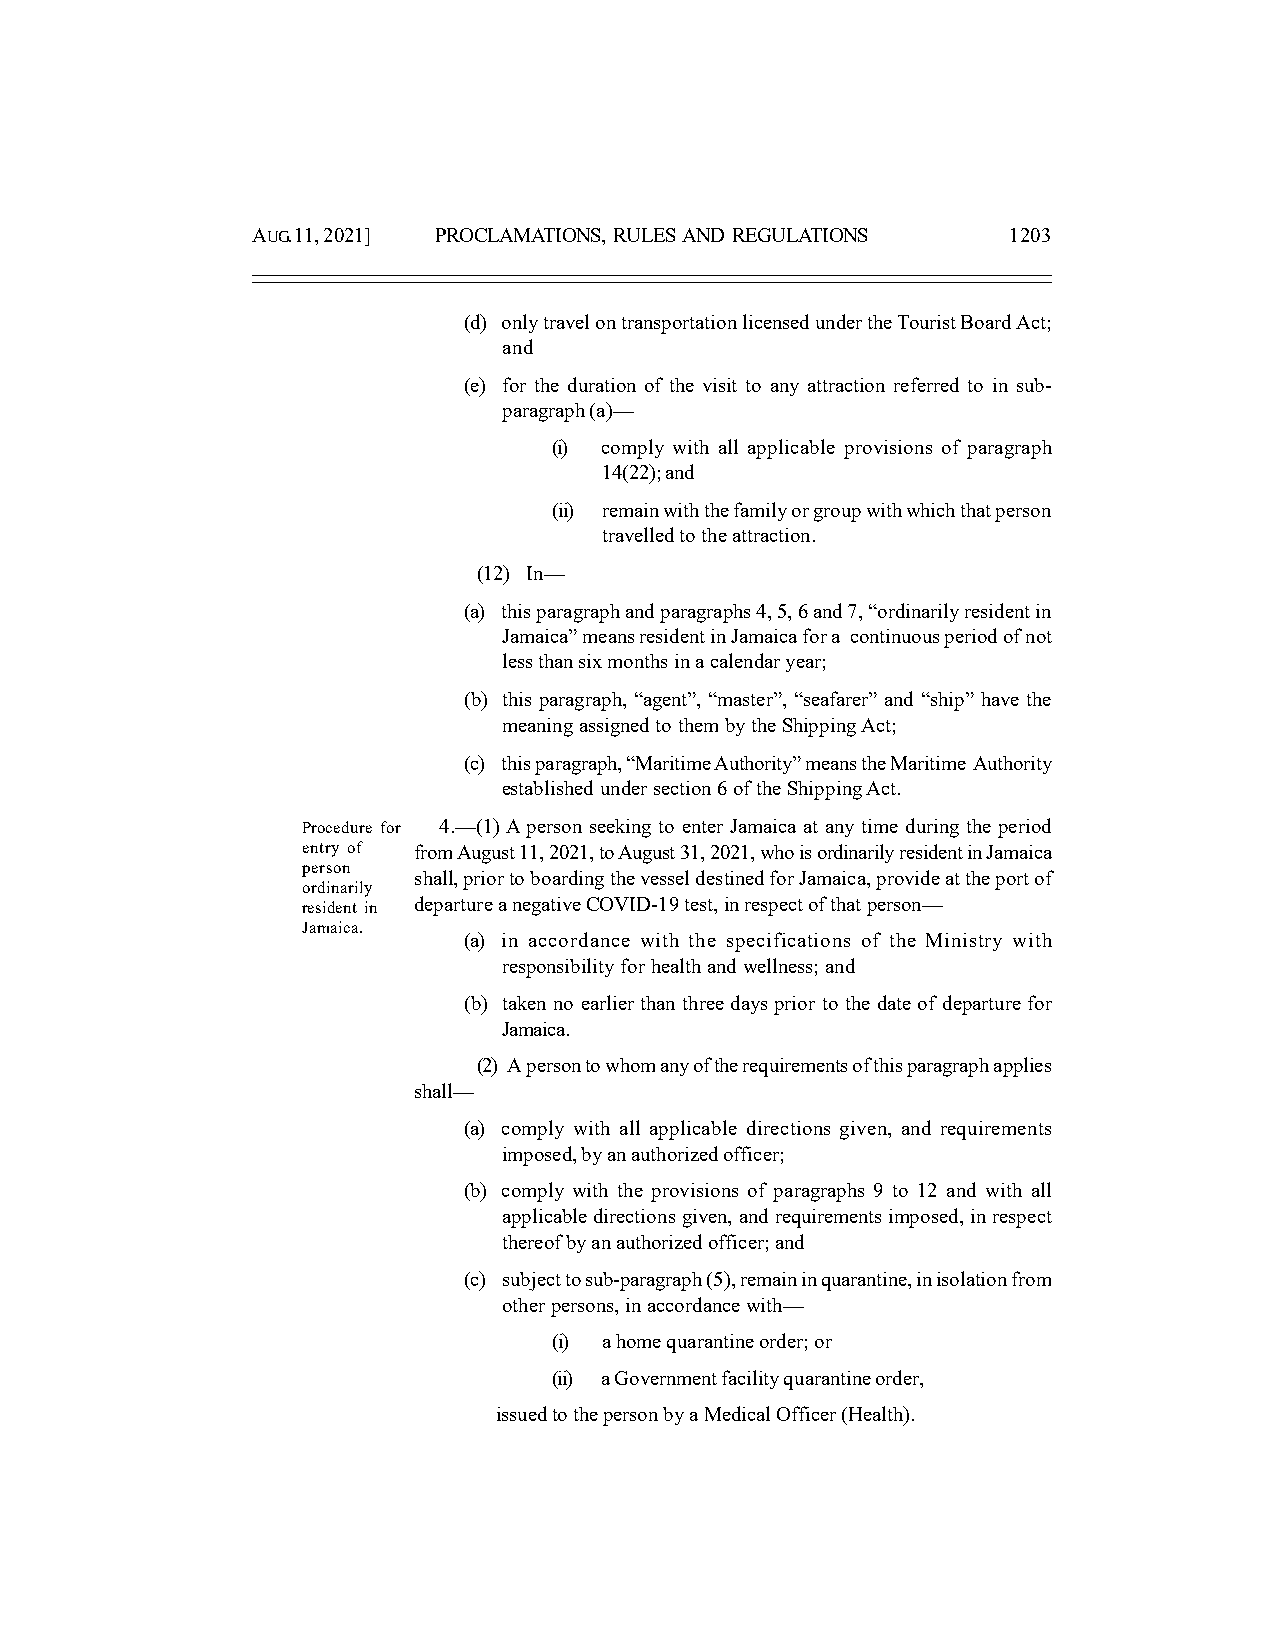
AUG. 11, 2021] PROCLAMATIONS, RULES AND REGULATIONS 1203
 (d) only travel on transportation licensed under the Tourist Board Act;
 and
 (e) for the duration of the visit to any attraction referred to in sub-
 paragraph (a)—
 (i) comply with all applicable provisions of paragraph
 14(22); and
 (ii) remain with the family or group with which that person
 travelled to the attraction.
 (12) In—
 (a) this paragraph and paragraphs 4, 5, 6 and 7, “ordinarily resident in
 Jamaica” means resident in Jamaica for a continuous period of not
 less than six months in a calendar year;
 (b) this paragraph, “agent”, “master”, “seafarer” and “ship” have the
 meaning assigned to them by the Shipping Act;
 (c) this paragraph, “Maritime Authority” means the Maritime Authority
 established under section 6 of the Shipping Act.
 Procedure for 4.—(1) A person seeking to enter Jamaica at any time during the period
 entry of from August 11, 2021, to August 31, 2021, who is ordinarily resident in Jamaica
 person
 shall, prior to boarding the vessel destined for Jamaica, provide at the port of
 ordinarily
 resident in departure a negative COVID-19 test, in respect of that person—
 Jamaica.
 (a) in accordance with the specifications of the Ministry with
 responsibility for health and wellness; and
 (b) taken no earlier than three days prior to the date of departure for
 Jamaica.
 (2) A person to whom any of the requirements of this paragraph applies
 shall—
 (a) comply with all applicable directions given, and requirements
 imposed, by an authorized officer;
 (b) comply with the provisions of paragraphs 9 to 12 and with all
 applicable directions given, and requirements imposed, in respect
 thereof by an authorized officer; and
 (c) subject to sub-paragraph (5), remain in quarantine, in isolation from
 other persons, in accordance with—
 (i) a home quarantine order; or
 (ii) a Government facility quarantine order,
 issued to the person by a Medical Officer (Health).